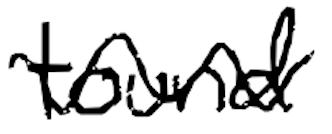
Text: found
Cross-out: wave
Writing tool: digital_black